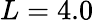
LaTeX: L=4.0